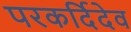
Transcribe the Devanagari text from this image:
परकर्दिदेव